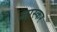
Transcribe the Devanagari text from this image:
जास्कर